Annual report of the Civil Veterinary Department, Bengal, for the year 1897-98 - 1897-1898
Year: 1897
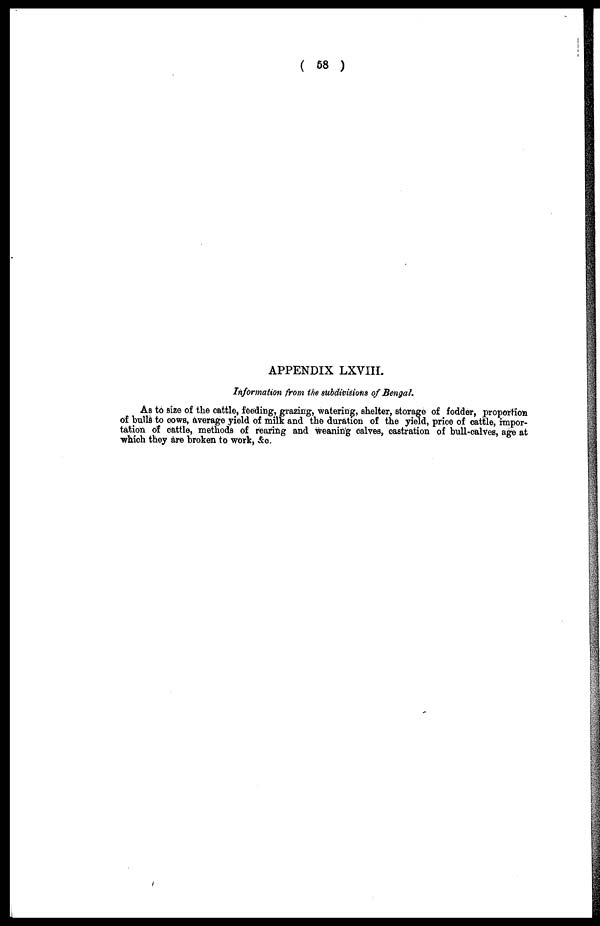
( 58 )
APPENDIX LXVIII.
Information from the subdivisions of Bengal.
As to size of the cattle, feeding, grazing, watering, shelter, storage of fodder, proportion
of bulls to cows, average yield of milk and the duration of the yield, price of cattle, impor-
tation of cattle, methods of rearing and weaning calves, castration of bull-calves, age at
which they are broken to work, &c.